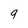
Character: 9